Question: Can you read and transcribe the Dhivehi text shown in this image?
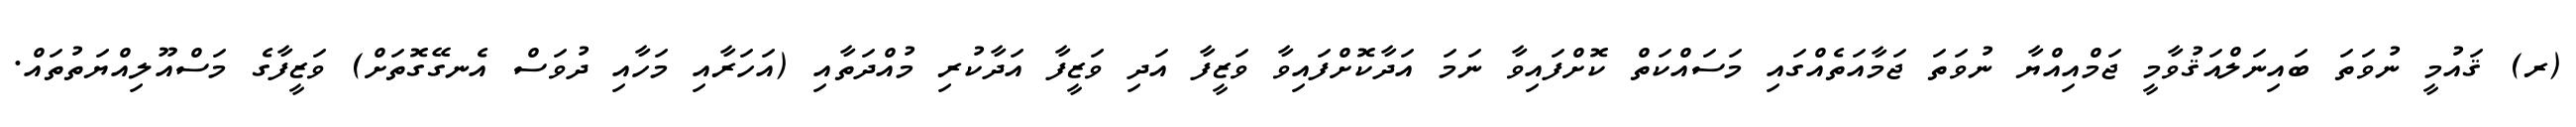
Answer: (ރ) ޤައުމީ ނުވަތަ ބައިނަލްއަޤުވާމީ ޖަމްއިއްޔާ ނުވަތަ ޖަމާއަތެއްގައި މަސައްކަތް ކޮށްފައިވާ ނަމަ އަދާކޮށްފައިވާ ވަޒީފާ އަދި ވަޒީފާ އަދާކުރި މުއްދަތާއި (އަހަރާއި މަހާއި ދުވަސް އެނގޭގޮތަށް) ވަޒީފާގެ މަސްއޫލިއްޔަތުތައް.